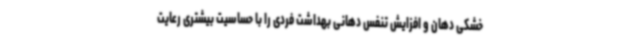
خشکی دهان و افزایش تنفس دهانی بهداشت فردی را با حساسیت بیشتری رعایت